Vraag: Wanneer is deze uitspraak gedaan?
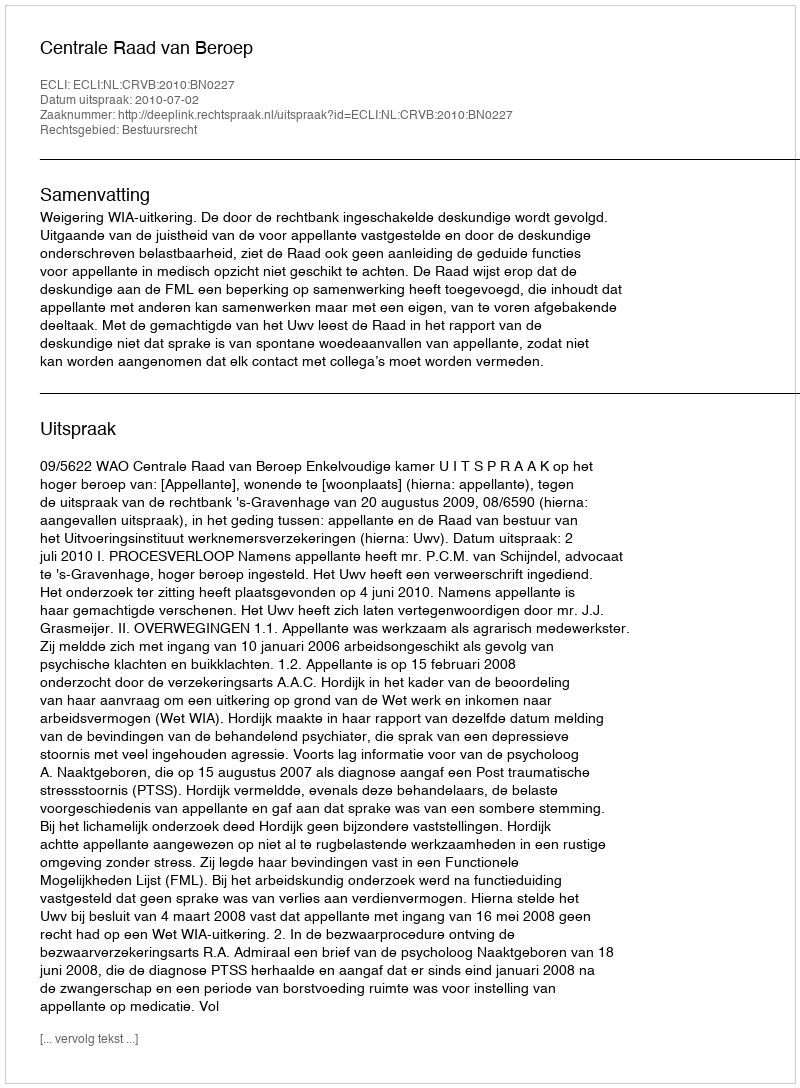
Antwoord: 2010-07-02